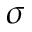
\sigma